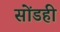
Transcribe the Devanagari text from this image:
सोंडही